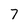
Character: 7